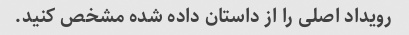
رویداد اصلی را از داستان داده شده مشخص کنید.